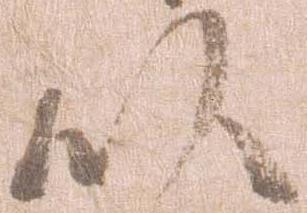
以